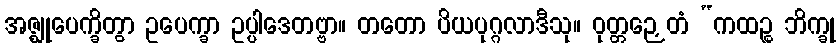
အဇ္ဈုပေက္ခိတွာ ဥပေက္ခာ ဥပ္ပါဒေတဗ္ဗာ။ တတော ပိယပုဂ္ဂလာဒီသု။ ဝုတ္တဉှေတံ “ကထဉ္စ ဘိက္ခု